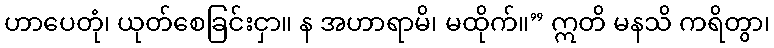
ဟာပေတုံ၊ ယုတ်စေခြင်းငှာ။ န အဟာရာမိ၊ မထိုက်။” ဣတိ မနသိ ကရိတွာ၊